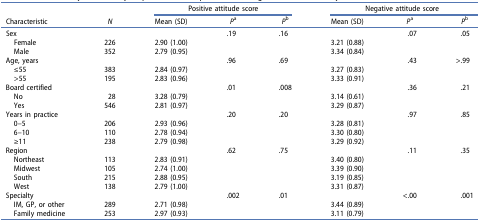
<table><thead><tr><td><b> </b></td><td><b> </b></td><td colspan="3"><b>Positive attitude score</b></td><td colspan="3"><b>Negative attitude score</b></td></tr><tr><td><b>Characteristic</b></td><td><b><i>N</i></b></td><td><b>Mean (SD)</b></td><td><b><i>P</i><sup>a</sup></b></td><td><b><i>P</i><sup>b</sup></b></td><td><b>Mean (SD)</b></td><td><b><i>P</i><sup>a</sup></b></td><td><b><i>P</i><sup>b</sup></b></td></tr></thead><tbody><tr><td>Sex</td><td> </td><td> </td><td>.19</td><td>.16</td><td> </td><td>.07</td><td>.05</td></tr><tr><td> Female</td><td>226</td><td>2.90 (1.00)</td><td> </td><td> </td><td>3.21 (0.88)</td><td> </td><td> </td></tr><tr><td> Male</td><td>352</td><td>2.79 (0.95)</td><td> </td><td> </td><td>3.34 (0.84)</td><td> </td><td> </td></tr><tr><td>Age, years</td><td> </td><td> </td><td>.96</td><td>.69</td><td> </td><td>.43</td><td>&gt;.99</td></tr><tr><td> ≤55</td><td>383</td><td>2.84 (0.97)</td><td> </td><td> </td><td>3.27 (0.83)</td><td> </td><td> </td></tr><tr><td> &gt;55</td><td>195</td><td>2.83 (0.96)</td><td> </td><td> </td><td>3.33 (0.91)</td><td> </td><td> </td></tr><tr><td>Board certified</td><td> </td><td> </td><td>.01</td><td>.008</td><td> </td><td>.36</td><td>.21</td></tr><tr><td> No</td><td>28</td><td>3.28 (0.79)</td><td> </td><td> </td><td>3.14 (0.61)</td><td> </td><td> </td></tr><tr><td> Yes</td><td>546</td><td>2.81 (0.97)</td><td> </td><td> </td><td>3.29 (0.87)</td><td> </td><td> </td></tr><tr><td>Years in practice</td><td> </td><td> </td><td>.20</td><td>.20</td><td> </td><td>.97</td><td>.85</td></tr><tr><td> 0–5</td><td>206</td><td>2.93 (0.96)</td><td> </td><td> </td><td>3.28 (0.81)</td><td> </td><td> </td></tr><tr><td> 6–10</td><td>110</td><td>2.78 (0.94)</td><td> </td><td> </td><td>3.30 (0.80)</td><td> </td><td> </td></tr><tr><td> ≥11</td><td>238</td><td>2.79 (0.98)</td><td> </td><td> </td><td>3.29 (0.92)</td><td> </td><td> </td></tr><tr><td>Region</td><td> </td><td> </td><td>.62</td><td>.75</td><td> </td><td>.11</td><td>.35</td></tr><tr><td> Northeast</td><td>113</td><td>2.83 (0.91)</td><td> </td><td> </td><td>3.40 (0.80)</td><td> </td><td> </td></tr><tr><td> Midwest</td><td>105</td><td>2.74 (1.00)</td><td> </td><td> </td><td>3.39 (0.90)</td><td> </td><td> </td></tr><tr><td> South</td><td>215</td><td>2.88 (0.95)</td><td> </td><td> </td><td>3.19 (0.85)</td><td> </td><td> </td></tr><tr><td> West</td><td>138</td><td>2.79 (1.00)</td><td> </td><td> </td><td>3.31 (0.87)</td><td> </td><td> </td></tr><tr><td>Specialty</td><td> </td><td> </td><td>.002</td><td>.01</td><td> </td><td>&lt;.00</td><td>.001</td></tr><tr><td> IM, GP, or other</td><td>289</td><td>2.71 (0.98)</td><td> </td><td> </td><td>3.44 (0.89)</td><td> </td><td> </td></tr><tr><td> Family medicine</td><td>253</td><td>2.97 (0.93)</td><td> </td><td> </td><td>3.11 (0.79)</td><td> </td><td> </td></tr></tbody></table>